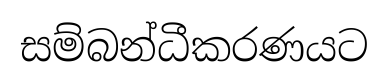
සම්බන්ධීකරණයට